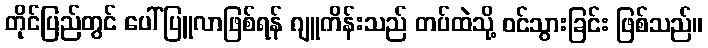
တိုင်ပြည်တွင် ပေါ်ပြူလာဖြစ်ရန် ဂျူကိန်းသည် တပ်ထဲသို့ ဝင်သွားခြင်း ဖြစ်သည်။